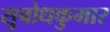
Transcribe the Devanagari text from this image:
सुबोधकुमार